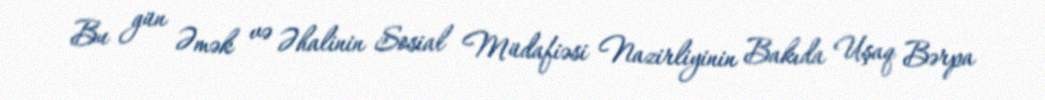
Bu gün Əmək və Əhalinin Sosial Müdafiəsi Nazirliyinin Bakıda Uşaq Bərpa